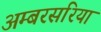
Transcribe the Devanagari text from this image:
अम्बरसरिया